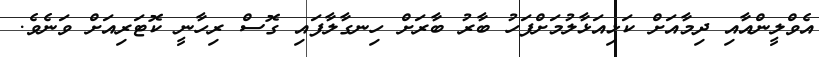
އެވްލީންއާއި ދިމާއަށް ކަޅިއަޅާލުމަށްފަހު ބާރު ބާރަށް ހިނގާލާފައި ގޮސް ރިހާނީ ކޮޓަރިއަށް ވަނެވެ.